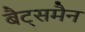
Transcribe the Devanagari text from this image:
बैट्समैन